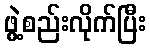
ဖွဲ့စည်းလိုက်ပြီး